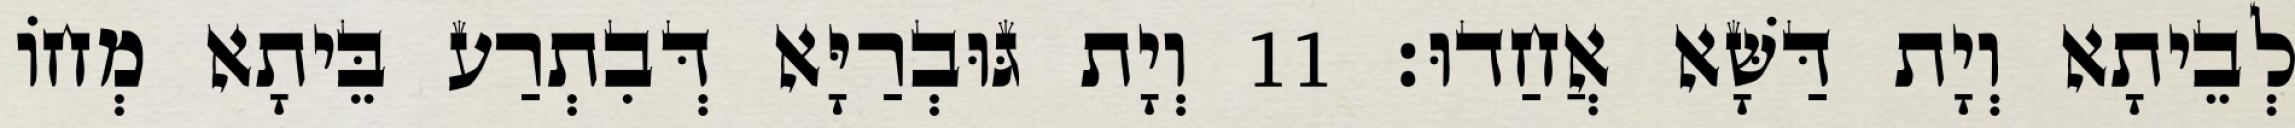
לְבֵיתָא וְיָת דַּשָּׁא אֲחַדוּ׃ 11 וְיָת גּוּבְרַיָּא דְּבִתְרַע בֵּיתָא מְחוֹ